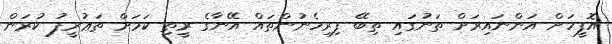
އޮފީހަށް އަންނައިރަށް ތަނުގައި ތިބޭ ފިރިހެނުންތައް އޭނާގެ ރީތި ކަމަށް ތަޢުރީފު ކުރަން